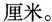
厘米。